Sanitation, dispensaries and jails vaccination Rajputana 1922-1927 - 1922-1927
Year: 1922
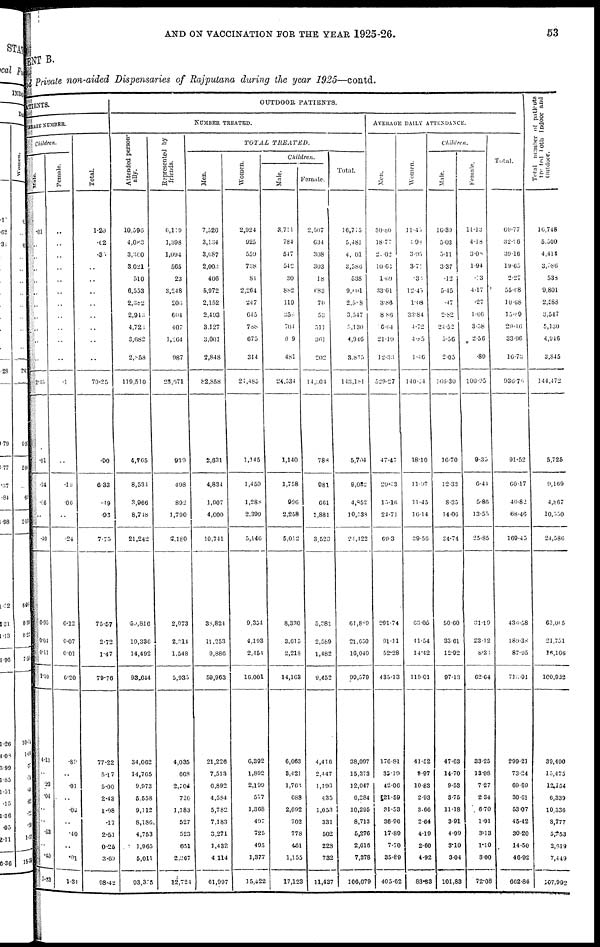
AND ON VACCINATION FOR THE YEAR 1925-26.
53
MENT B.
and Private non-aided Dispensaries of Rajputana during the year 1925—contd.
ATIENTS.
CHARGE NUMBER.
Children.
Male.
.01
..
..
..
..
..
..
..
..
..
..
2.35
.01
.31
.06
..
.40
0.95
0.04
0.11
1.10
4.13
..
.23
.04
..
..
.53
..
.40
5.33
Female.
..
..
..
..
..
..
..
..
..
..
..
.1
..
.18
.06
..
.24
6.12
0.07
0.01
6.20
.89
..
.01
..
.02
..
.40
..
.01
1.34
Total.
1.20
.62
.30
..
..
..
..
..
..
..
..
70.25
.90
6.33
.49
.93
7.75
75.57
2.72
1.47
79.76
77.22
5.17
5.00
2.48
1.98
.17
2.51
0.25
3.69
98.42
OUTDOOR PATIENTS.
NUMBER TREATED.
Attended person¬
ally.
10,596
4,083
3,360
3,021
510
6,533
2,382
2,943
4,721
3,082
2,858
119,510
4,765
8,534
3,966
8,748
21,242
50,816
19,336
14,492
93,644
34,062
14,705
9,973
5,558
9,112
8,186
4,753
1,965
5,011
93,355
Represented by
friends.
6,119
1,398
1,094
565
23
3,248
206
604
407
1,264
987
28,671
930
4.98
892
1,790
2,180
2,073
2,214
1,548
5,935
4,035
608
2,104
720
1,183
527
523
651
2,267
12,724
TOTAL
TREATED.
Men.
7,520
3,134
3,687
2,003
406
5,972
2,152
2,493
3,127
3,001
2,848
82,858
2,631
4,834
1,907
4,000
10,741
38,824
11,253
9,886
59,963
21,226
7,513
6,892
4,584
5,782
7,183
3,271
1,432
4,114
61,997
Women.
2,924
925
559
738
81
2,264
247
645
788
675
314
21,485
1,145
1,459
1,288
2,399
5,146
9,354
4,193
2,154
16,001
6,392
1,892
2,199
577
1,368
497
725
495
1,377
15,522
Children.
Male.
3,711
784
547
542
30
882
119
355
704
99
481
24,534
1,140
1,758
996
2,258
5,012
8,330
3,615
2,218
14,163
6,063
3,421
1,762
688
2,092
702
778
461
1,155
17,123
Female.
2,507
634
308
303
18
683
70
53
511
361
202
14,004
788
981
661
1,881
3,523
5,381
2,589
1,482
9,452
4,416
2,447
1,193
435
1,053
331
502
228
732
11,437
Total.
16,715
5,481
4,001
3,586
538
9,801
2,587
3,547
5,130
4,946
3.875
143,181
5,704
9,082
4,852
10,338
24,422
61,889
21,650
16,040
99,579
38,097
15,373
12,047
6,284
10,295
8,713
5,276
2,616
7,378
106,079
AVERAGE DAILY ATTENDANCE.
Men.
30.80
18.77
21.02
10.60
1.69
33.61
3.86
8,86
6.64
21.19
12.33.
529.27
47.47
202.13
15.16
24.71
69.3
291.74
91.11
52.28
435.13
176.81
35.19
42.06
21.59
31.53
36.90
17.89
7.70
35.89
405.62
Women.
11.45
4.98
3.95
3.71
.31
12.45.
1.08
33.84
4.72
4.85
1.46
140.24
18.10
11.97
11.45
16.14
39.56
63.05
41.54
14.42
119.01
41.52
8.97
10.83
2.93
3. 66
2.64
4.19
2.60
4.92
83.83
Children.
Male.
16.39
5.03
5.11
3.37
.12
5.45
.47
2.82
24.52
5.56
2.05
166.30
16.70
12.33
8.35
14.06
34.74
50.60
33.61
12.92
97.13
47.03
14.70
9.53
3.75
11.18
3.91
4.99
3.10
3.04
101,83
Female.
11.13
4.18
3.08
1.94
.13
4.17
.27
1.06
3.58
2.56
.89
100.05
9.35
6.44
5.86
13.55
25.85
31.10
23.12
8.33
62.64
33.25
13.38
7.27
2.34
6.70
1.91
3.13
1.10
3.00
72.08
Total.
69.77
32.96
39.16
19.65
2.27
55.08
10.68
15.89
29.46
33.96
16.75
930.76.
91.52
60.17
40.82
68.46
169.45
435.58
189.38
87.95
710.91
299.21
73.24
69.69
30.61
53.07
45.42
30.20
14.50
46.92
662.86
Total number o f patients
treated both Indoor and
Outdoor.
16,748
5,500
4,414
3,586
538
9,801
2,588
3,547
5,130
4,946
3,845
144,172
5,725
9,169
4,807
10,550
21,586
63,065
21,751
16,106
100,932
39,490
15,475
12,154
6,339
10,336
8,777
5,353
2,619
7,449
107,992